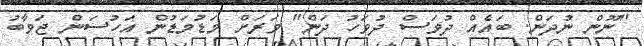
"ނޫން ނުދަން. ބައެއް ދުވަސް ދުވަހު ދަން" ވަރަށް މަޑުމަޑުން އަހުސަން ޖަވާބު